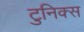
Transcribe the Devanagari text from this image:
टुनिक्स